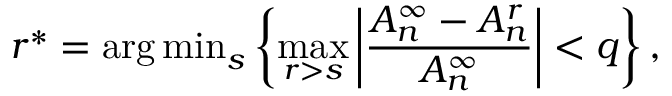
r ^ { \ast } = { \arg \operatorname* { m i n } } _ { s } \left\{ \operatorname* { m a x } _ { r > s } { \left| \frac { A _ { n } ^ { \infty } - A _ { n } ^ { r } } { A _ { n } ^ { \infty } } \right| } < q \right\} ,